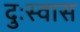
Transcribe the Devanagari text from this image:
दुःस्वास